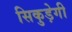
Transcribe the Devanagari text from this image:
सिकुड़ेगी